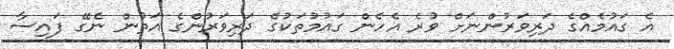
އެ ގައުމެއްގެ ދަރިވަރުންނަށް ވުރެ އެހެން ގައުމުތަކުގެ ދަރިވަރުންގެ އަތުން ނެގޭ ފައިސާ